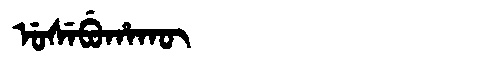
Manchu: ᡠᠰᡝᠪᡠᡥᠠᡴᡡ
Romanization: USEBUHAKŪ